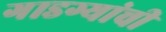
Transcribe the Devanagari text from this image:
गाडग्यांची